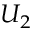
U _ { 2 }